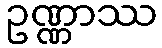
ဥဏ္ဏာဿ